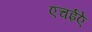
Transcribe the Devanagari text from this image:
एचईऐ